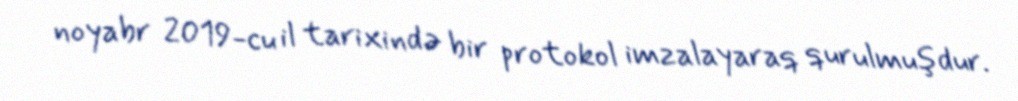
noyabr 2019-cu il tarixində bir protokol imzalayaraq qurulmuşdur.